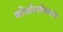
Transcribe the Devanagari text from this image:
कोर्ताल्लेस्वरण